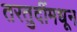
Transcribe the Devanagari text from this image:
तरतुदींमधून